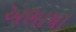
અભાષા